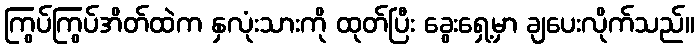
ကြွပ်ကြွပ်အိတ်ထဲက နှလုံးသားကို ထုတ်ပြီး ခွေးရှေ့မှာ ချပေးလိုက်သည်။